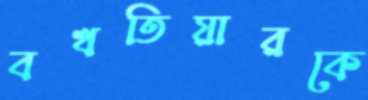
বখতিয়ারকে